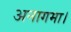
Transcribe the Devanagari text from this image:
अनागमा।